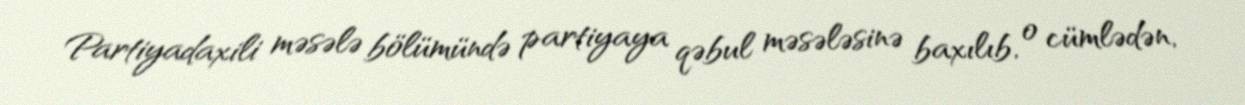
Partiyadaxili məsələ bölümündə partiyaya qəbul məsələsinə baxılıb, o cümlədən,